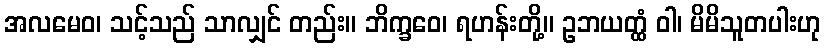
အလမေဝ၊ သင့်သည် သာလျှင် တည်း။ ဘိက္ခဝေ၊ ရဟန်းတို့။ ဥဘယတ္ထံ ဝါ၊ မိမိသူတပါးဟု